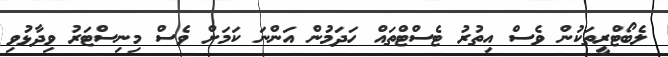
ލެބޯޓްރީތަކުން ވެސް އިތުރު ޓެސްޓްތައް ހަދަމުން އަންނަ ކަމަށް ވެސް މިނިސްޓަރު ވިދާޅުވި